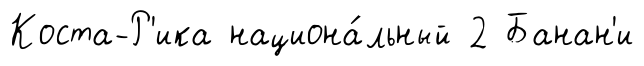
Коста-Р'ика национа́льный 2 Банан'и